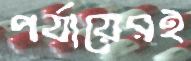
পর্যায়েরই